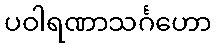
ပဝါရဏာသင်္ဂဟော